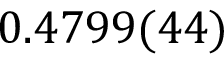
0 . 4 7 9 9 ( 4 4 )